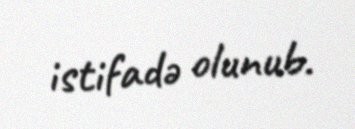
istifadə olunub.